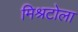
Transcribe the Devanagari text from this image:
मिश्रटोला